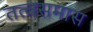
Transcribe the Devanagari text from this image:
तत्वसमास